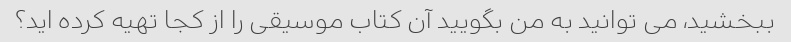
ببخشید، می توانید به من بگویید آن کتاب موسیقی را از کجا تهیه کرده اید؟